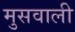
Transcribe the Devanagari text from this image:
मुसवाली